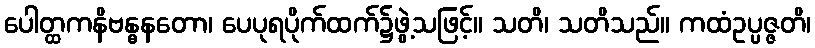
ပေါတ္ထကနိဗန္ဓနတော၊ ပေပုရပိုက်ထက်၌ဖွဲ့သဖြင့်။ သတိ၊ သတိသည်။ ကထံဥပ္ပဇ္ဇတိ၊